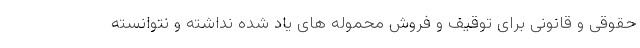
حقوقی و قانونی برای توقیف و فروش محموله های یاد شده نداشته و نتوانسته